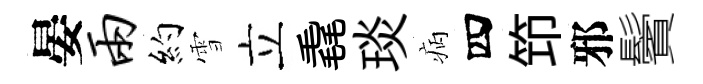
晏两約雪立毳琰病四笻邪鬢